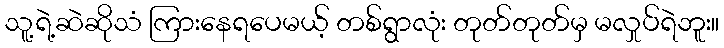
သူ့ရဲ့ဆဲဆိုသံ ကြားနေရပေမယ့် တစ်ရွာလုံး တုတ်တုတ်မှ မလှုပ်ရဲဘူး။